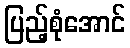
ပြည့်စုံအောင်